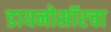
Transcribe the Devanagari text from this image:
डायनोसॉरचा